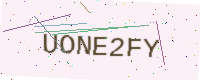
Text: UONE2FY